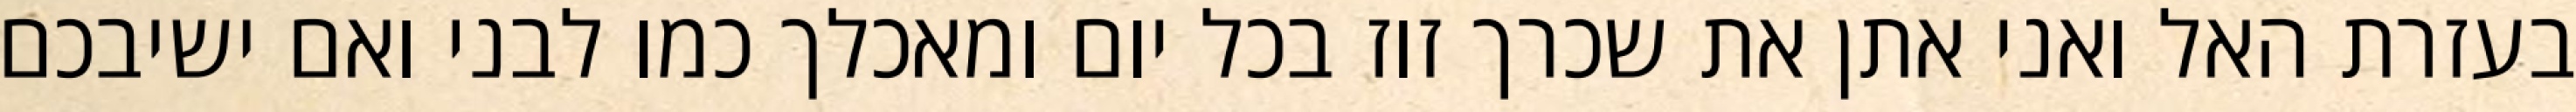
בעזרת האל ואני אתן את שכרך זוז בכל יום ומאכלך כמו לבני ואם ישיבכם